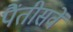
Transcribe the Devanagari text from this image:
पैंतीसवें